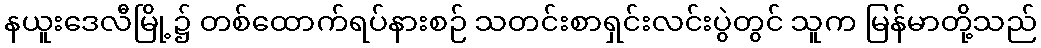
နယူးဒေလီမြို့၌ တစ်ထောက်ရပ်နားစဉ် သတင်းစာရှင်းလင်းပွဲတွင် သူက မြန်မာတို့သည်